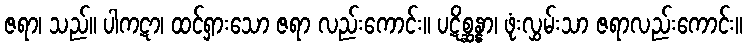
ဇရာ၊ သည်။ ပါကဋာ၊ ထင်ရှားသော ဇရာ လည်းကောင်း။ ပဋိစ္ဆန္နာ၊ ဖုံးလွှမ်းသာ ဇရာလည်းကောင်း။